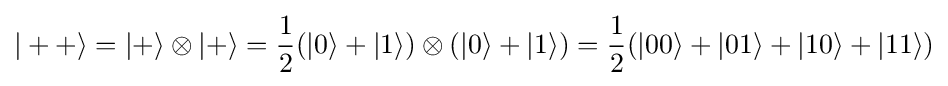
|++\rangle =|+\rangle \otimes |+\rangle ={\frac {1}{2}}(|0\rangle +|1\rangle )\otimes (|0\rangle +|1\rangle )={\frac {1}{2}}(|00\rangle +|01\rangle +|10\rangle +|11\rangle )